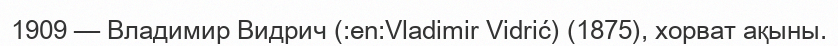
1909 — Владимир Видрич (:en:Vladimir Vidrić) (1875), хорват ақыны.